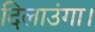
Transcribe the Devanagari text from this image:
दिलाउंगा।